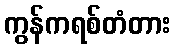
ကွန်ကရစ်တံတား